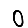
Digit: 0